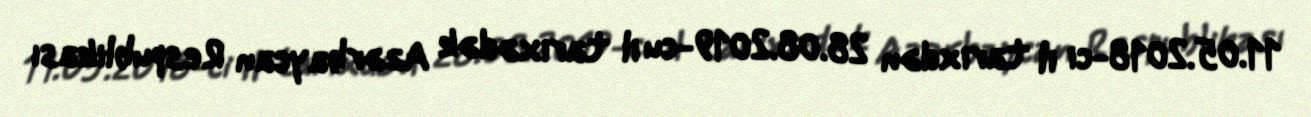
11.05.2018-ci il tarixdən 28.08.2019-cu il tarixədək Azərbaycan Respublikası